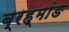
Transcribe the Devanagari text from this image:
ब्रह्मांङ